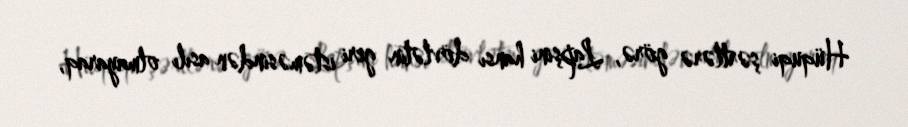
Hüquqi şərtlərə görə, Lapşini hansı dövlətin geri istəməsindən asılı olmayaraq,